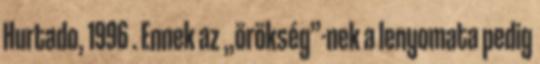
Hurtado, 1996 . Ennek az „örökség”-nek a lenyomata pedig